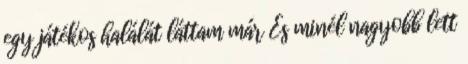
egy játékos halálát láttam már És minél nagyobb lett